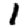
Digit: 1